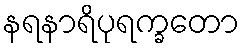
နရနာရိပုရက္ခတော